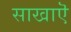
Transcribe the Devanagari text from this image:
साखाऎ